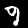
Label: 9